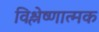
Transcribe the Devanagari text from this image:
विश्लेष्णात्मक